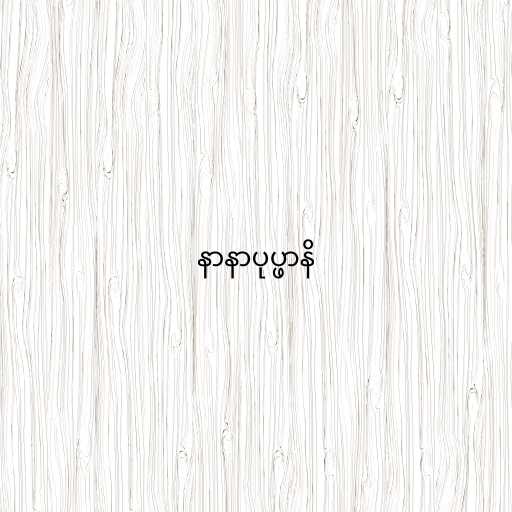
နာနာပုပ္ဖာနိ